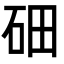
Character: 鿬